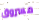
مسروق